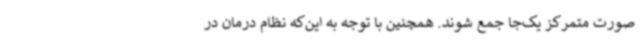
صورت متمرکز یک‌جا جمع شوند. همچنین با توجه به این‌که نظام درمان در